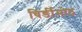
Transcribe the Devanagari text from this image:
चिर्ङीमोठ